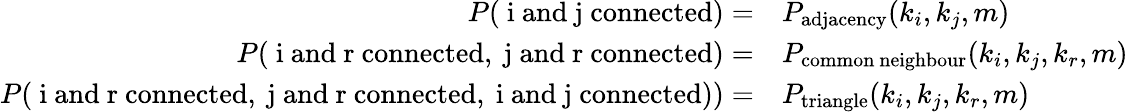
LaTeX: \begin{array}{rl}{P(\mathrm{~i~and~j~connected})=}&{P_{\mathrm{adjacency}}(k_{i},k_{j},m)}\\ {P(\mathrm{~i~and~r~connected},\mathrm{~j~and~r~connected})=}&{P_{\mathrm{common~neighbour}}(k_{i},k_{j},k_{r},m)}\\ {P(\mathrm{~i~and~r~connected},\mathrm{~j~and~r~connected},\mathrm{~i~and~j~connected}))=}&{P_{\mathrm{triangle}}(k_{i},k_{j},k_{r},m)}\end{array}